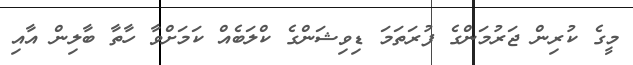
މީގެ ކުރިން ޖަރުމަންގެ ފުރަތަމަ ޑިވިޝަންގެ ކްލަބެއް ކަމަށްވާ ހާތާ ބާލިން އާއި